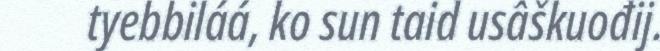
tyebbiláá, ko sun taid usâškuođij.